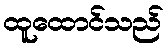
ထူထောင်သည်